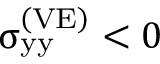
{ \upsigma } _ { \mathrm { y y } } ^ { \left( \mathrm { V E } \right) } < 0